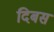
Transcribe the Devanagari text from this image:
दिबस